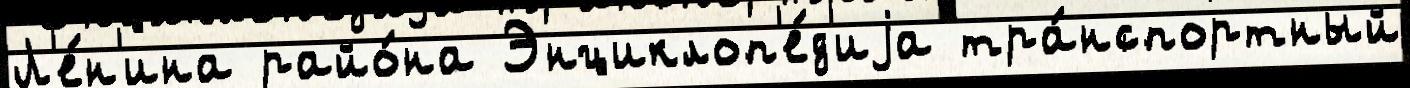
Л'е́н'ина райо́на Энциклоп'е́д'иjа тра́нспортный